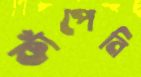
কাঁপেনি